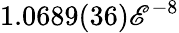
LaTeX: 1.0689(36)\mathscr{E}^{-8}